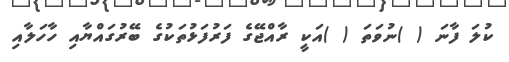
ކުލަ ފާނަ ( )ނުވަތަ ( )އަކީ ރާއްޖޭގެ ފަރުފަޅުތަކުގެ ބޭރުގައްޔާއި ހާހަލާއި